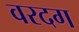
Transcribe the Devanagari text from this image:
वरदग